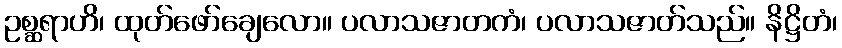
ဥစ္ဆရာဟိ၊ ထုတ်ဖော်ချေလော။ ပလာသဇာတကံ၊ ပလာသဇာတ်သည်။ နိဋ္ဌိတံ၊